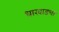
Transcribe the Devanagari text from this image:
धारवाडचा